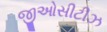
જીઓસીટીઝ